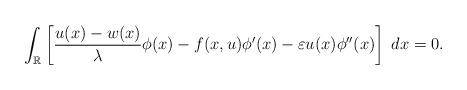
LaTeX: \begin{align*}\int_{\mathbb{R}}\left[ \frac{u(x)-w(x)}{\lambda} \phi(x) - f(x,u) \phi'(x) - \varepsilon u(x)\phi''(x) \right]\;dx =0.\end{align*}